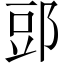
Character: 郖